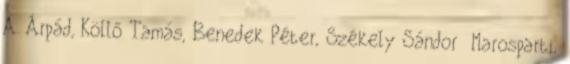
A. Árpád, Köllő Tamás, Benedek Péter, Székely Sándor Marosparti,